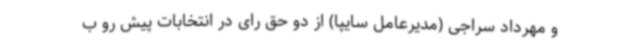
و مهرداد سراجی (مدیرعامل سایپا) از دو حق رای در انتخابات پیش رو ب